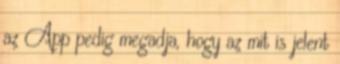
az App pedig megadja, hogy az mit is jelent